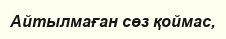
Айтылмаған сөз қоймас,